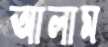
আলাম